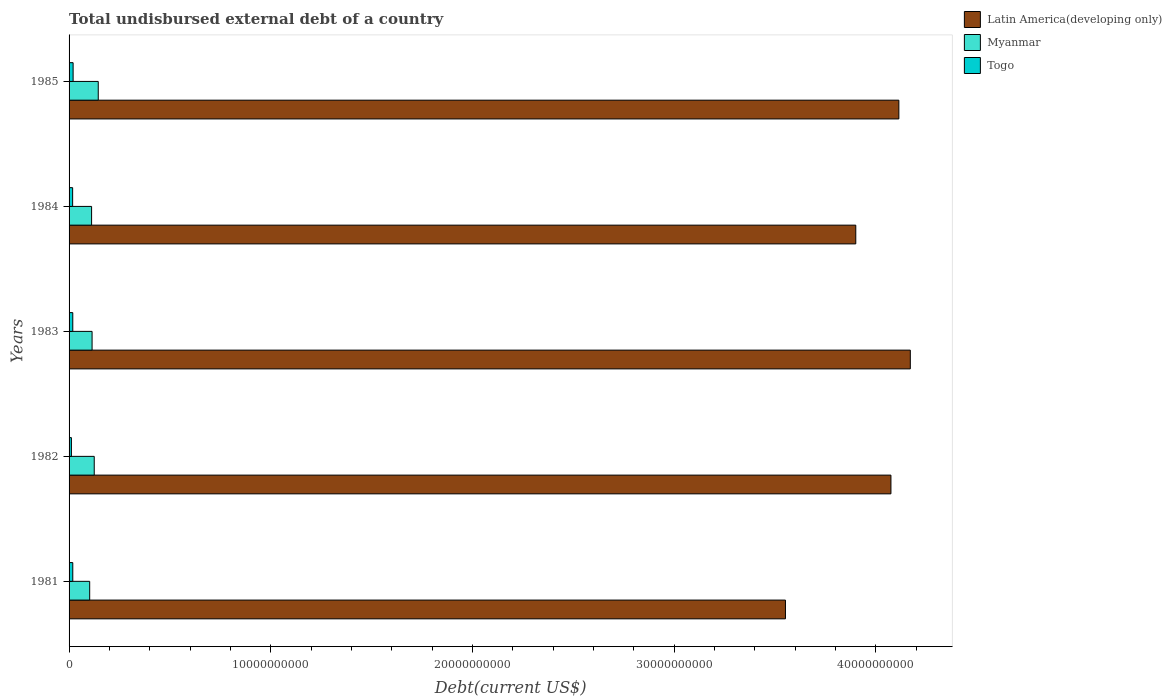
| Years | Latin America(developing only) | Myanmar | Togo |
 | --- | --- | --- | --- |
 | 1981 | 3.55e+10 | 1.02e+09 | 1.84e+08 |
 | 1982 | 4.08e+10 | 1.25e+09 | 1.16e+08 |
 | 1983 | 4.17e+10 | 1.14e+09 | 1.84e+08 |
 | 1984 | 3.9e+10 | 1.12e+09 | 1.77e+08 |
 | 1985 | 4.11e+10 | 1.45e+09 | 2e+08 |